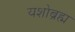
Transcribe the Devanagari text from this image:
यशोब्रह्म